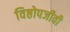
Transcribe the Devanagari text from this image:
विष्ठोपजीवी